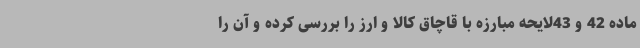
ماده 42 و 43لایحه مبارزه با قاچاق کالا و ارز را بررسی کرده و آن را